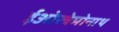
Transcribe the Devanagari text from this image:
ईओस्त्रेमोनाथ